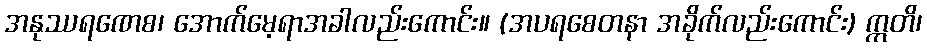
အနုဿရဏေစ၊ အောက်မေ့ရာအခါလည်းကောင်း။ (အပရစေတနာ အခိုက်လည်းကောင်း) ဣတိ၊